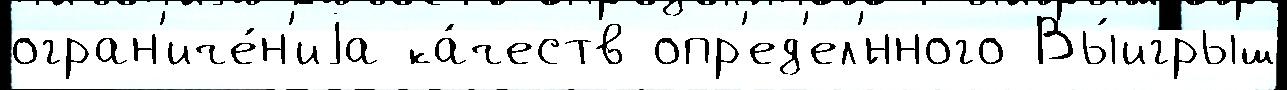
огран'иче́н'иjа ка́честв опр'ед'ел'́нного Вы́игрыш